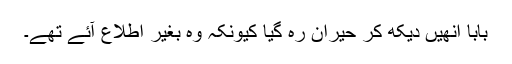
بابا انھیں دیکھ کر حیران رہ گیا کیونکہ وہ بغیر اطلاع آئے تھے۔